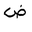
Letter: _dad